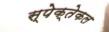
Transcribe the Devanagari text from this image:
स्पेक्तेकल